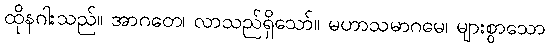
ထိုနဂါးသည်။ အာဂတေ၊ လာသည်ရှိသော်။ မဟာသမာဂမေ၊ များစွာသော